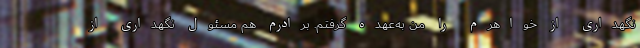
نگهداری از خواهرم را من به‌عهده گرفتم. برادرم هم مسئول نگهداری از